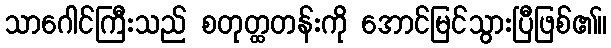
သာဂေါင်ကြီးသည် စတုတ္ထတန်းကို အောင်မြင်သွားပြီဖြစ်၏။